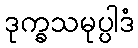
ဒုက္ခသမုပ္ပါဒံ